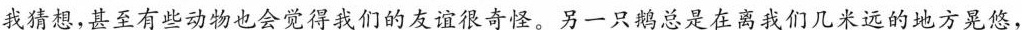
我猜想，甚至有些动物也会觉得我们的友谊很奇怪。另一只鹅总是在离我们几米远的地方晃悠，